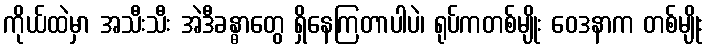
ကိုယ်ထဲမှာ အသီးသီး အဲဒီခန္ဓာတွေ ရှိနေကြတာပါပဲ၊ ရုပ်ကတစ်မျိုး ဝေဒနာက တစ်မျိုး